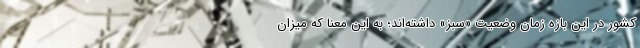
کشور در این بازه زمان وضعیت «سبز» داشته‌اند؛ به این معنا که میزان